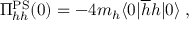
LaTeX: \Pi _ { h h } ^ { \mathrm { P S } } ( 0 ) = - 4 m _ { h } \langle 0 | \overline { { { h } } } h | 0 \rangle \; ,